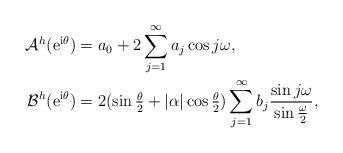
LaTeX: \begin{align*} \mathcal{A}^h({\rm e}^{{\rm i} \theta})&= a_0+2\sum_{j=1}^\infty a_j \cos j \omega,\\ \mathcal{B}^h({\rm e}^{{\rm i} \theta} )&=2 (\sin\tfrac\theta2 + |\alpha| \cos\tfrac\theta2) \sum_{j=1}^\infty b_j \frac{\sin j\omega}{\sin \frac{\omega}{2}},\end{align*}